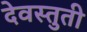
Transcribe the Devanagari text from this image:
देवस्तुती